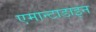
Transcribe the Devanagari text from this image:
एमान्टाडाइन